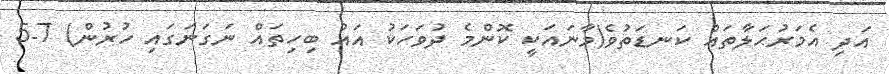
އަދި އެމަރުހަލާތައް ކަނޑަތުވެ(މާނައަކީ ކޮންމެ ދުވަހަކު އައު ބިހިތައް ނަގަނަގައި ހުރުން) 7-5